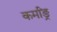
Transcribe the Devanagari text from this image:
कर्मांङ्र